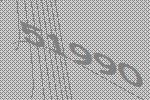
51990